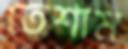
তেশাম